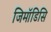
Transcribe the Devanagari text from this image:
जिमॉडिसि